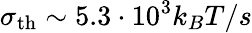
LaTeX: \sigma_{\mathrm{th}}\sim 5.3\cdot 10^{3}k_{B}T/s